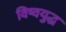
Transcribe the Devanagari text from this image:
विष्वयुद्ध